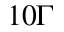
1 0 \Gamma